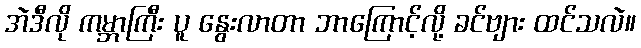
အဲဒီလို ကမ္ဘာကြီး ပူ နွေးလာတာ ဘာကြောင့်လို့ ခင်ဗျား ထင်သလဲ။